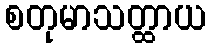
စတုမာသတ္ထာယ